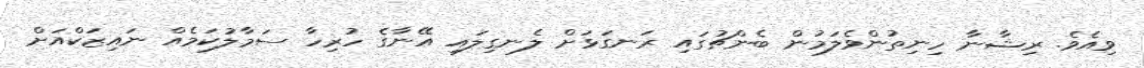
ވިއެވެ. ރިޝާނާ ހިނިތުންވެލަމުން ބެންޗުގައި ރަނގަޅަށް ލެނގިލައި އޭނާގެ ހުރިހާ ސަމާލުކަމެއް ނައިޒަކްއަށް